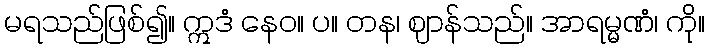
မရသည်ဖြစ်၍။ ဣဒံ နေဝ။ ပ။ တန၊ ဈာန်သည်။ အာရမ္မဏံ၊ ကို။